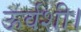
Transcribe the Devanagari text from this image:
ऊर्वशी।